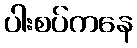
ပါးစပ်ကနေ